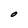
Character: O